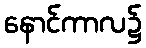
နောင်ကာလ၌